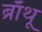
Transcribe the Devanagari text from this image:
ब्राँथू